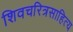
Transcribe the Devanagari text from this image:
शिवचरित्रसाहित्य